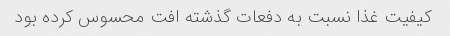
کیفیت غذا نسبت به دفعات گذشته افت محسوس کرده بود